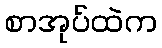
စာအုပ်ထဲက